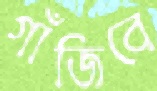
গাঁজিবে